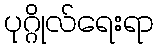
ပုဂ္ဂိုလ်ရေးရာ